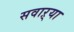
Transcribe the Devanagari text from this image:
सवाऱ्या